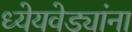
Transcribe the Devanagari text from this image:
ध्येयवेड्यांना